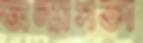
অন্যাসক্তা